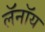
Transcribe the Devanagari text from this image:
लॅनॉय